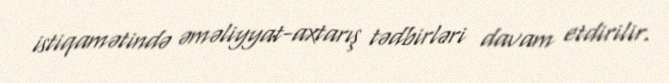
istiqamətində əməliyyat-axtarış tədbirləri davam etdirilir.